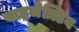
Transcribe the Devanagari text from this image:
बाइजेक्टिव